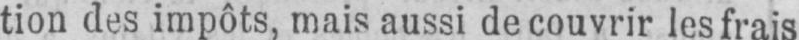
tion des impôts, mais aussi découvrir les frais